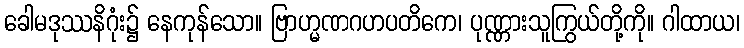
ခေါမဒုဿနိဂုံး၌ နေကုန်သော။ ဗြာဟ္မဏဂဟပတိကေ၊ ပုဏ္ဏားသူကြွယ်တို့ကို။ ဂါထာယ၊